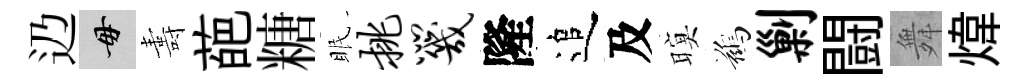
辸毋夀葩糖眠挑咒隆追及暝鷀剿闘舞煒